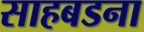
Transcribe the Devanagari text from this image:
साहबडना